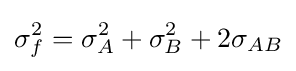
\sigma _{f}^{2}=\sigma _{A}^{2}+\sigma _{B}^{2}+2\sigma _{AB}